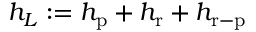
h _ { L } : = h _ { \mathrm { p } } + h _ { \mathrm { r } } + h _ { \mathrm { r - p } }